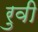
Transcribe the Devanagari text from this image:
रुवी